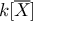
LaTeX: k [ { \overline { { X } } } ]